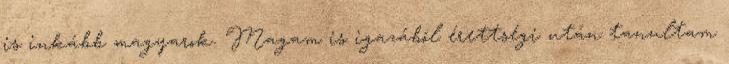
is inkább magyarok. Magam is igazából érettségi után tanultam